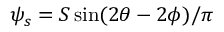
\psi _ { s } = S \sin ( 2 \theta - 2 \phi ) / \pi